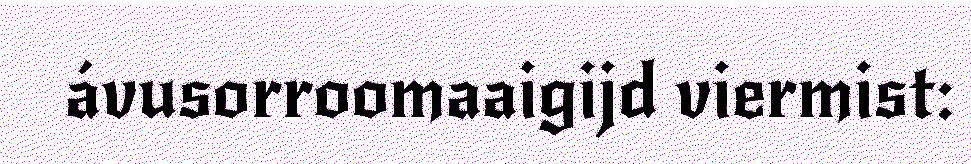
ávusorroomaaigijd viermist: